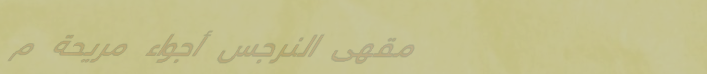
مقهى النرجس أجواء مريحة م